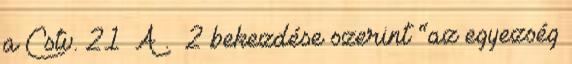
a Cstv. 21 A .§ 2 bekezdése szerint “az egyezség